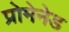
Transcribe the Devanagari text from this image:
प्रोमेनेड